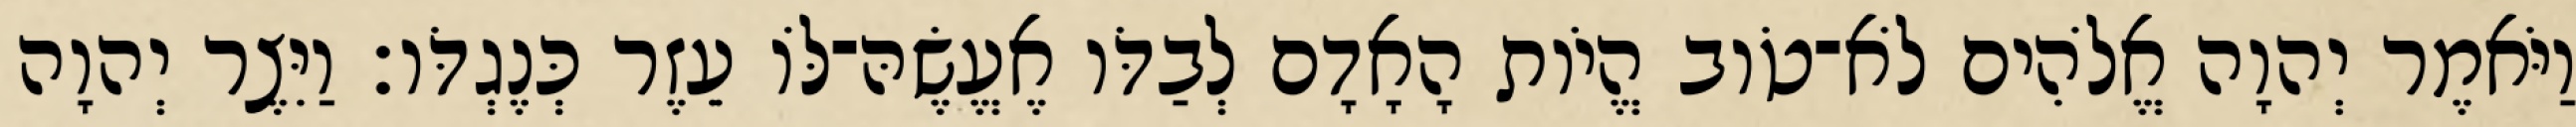
וַיֹּאמֶר יְהוָה אֱלֹהִים לֹא־טֹוב הֱיֹות הָאָדָם לְבַדֹּו אֶעֱשֶׂהּ־לֹּו עֵזֶר כְּנֶגְדֹּו׃ וַיִּצֶר יְהוָה